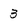
Character: 3